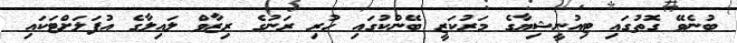
ބުނެވޭ ގޮތުގައި ޓިއުނީޝިޔާގެ މަރުކަޒީ ބޭންކުގައި ހުރި ރަނުގެ ރިޒާވް ލައިލާގެ އުފަލަށްޓަކައި